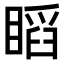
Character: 𥉰